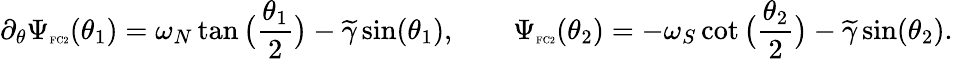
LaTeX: \partial_{\theta}\Psi_{\textnormal{\tiny{FC2}}}(\theta_{1})=\omega_{N}\tan\big(\frac{\theta_{1}}{2}\big)-\widetilde{\gamma}\sin(\theta_{1}),\qquad\Psi_{\textnormal{\tiny{FC2}}}(\theta_{2})=-\omega_{S}\cot\big(\frac{\theta_{2}}{2}\big)-\widetilde{\gamma}\sin(\theta_{2}).